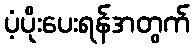
ပံ့ပိုးပေးရန်အတွက်